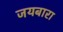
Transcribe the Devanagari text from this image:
जयबारा